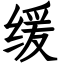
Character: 缓